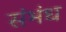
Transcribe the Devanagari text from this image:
संभंध